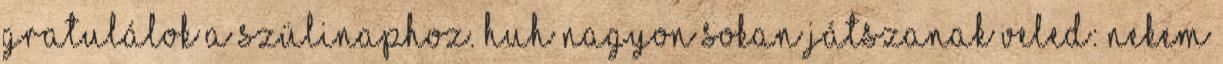
gratulálok a szülinaphoz. Huh nagyon sokan játszanak Veled: Nekem